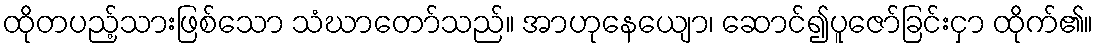
ထိုတပည့်သားဖြစ်သော သံဃာတော်သည်။ အာဟုနေယျော၊ ဆောင်၍ပူဇော်ခြင်းငှာ ထိုက်၏။